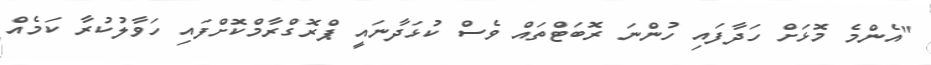
"އެންމެ މޮޅަށް ހަދާފައި ހުންނަ ރޮބަޓްތައް ވެސް ކުޅަދާނައީ ޕްރޮގްރާމްކޮށްފައި ހަވާލުކުރާ ކަމެއް